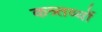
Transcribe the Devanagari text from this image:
कत्र्तव्यों